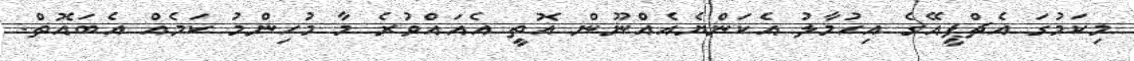
މިކަމުގަ އެޗްޕީއޭގެ އިހުމާލު އެކަންޔެއެއްނޫން އޮތީ އެއައްވުރެ މާ މުހިންމު ކަމެއް އެބައޮތް.